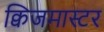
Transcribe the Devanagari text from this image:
क्विजमास्टर